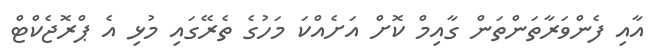
އާއި ފެންވަރާތަންތަން ގާއިމް ކޮށް އަށެއްކަ މަހުގެ ތެރޭގައި މުޅި އެ ޕްރޮޖެކްޓް